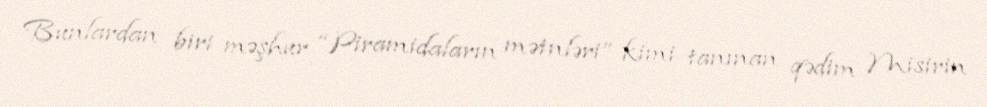
Bunlardan biri məşhur “Piramidaların mətnləri” kimi tanınan qədim Misirin